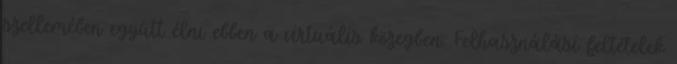
szellemében együtt élni ebben a virtuális közegben. Felhasználási feltételek